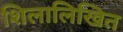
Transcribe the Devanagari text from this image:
शिलालिखित